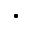
\cdot